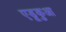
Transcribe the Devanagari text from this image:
एडूकुआ